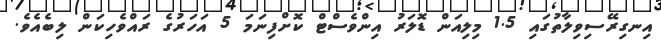
އިނގިރޭސިވިލާތުގައި 1.5 މިލިއަން ޑޮލަރު އިންވެސްޓް ކޮށްފިނަމަ 5 އަހަރުގެ ރައްވެހިކަން ލިބެއެވެ.